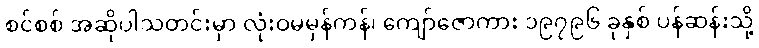
စင်စစ် အဆိုပါသတင်းမှာ လုံးဝမမှန်ကန်၊ ကျော်ဇောကား ၁၉၇၉၆ ခုနှစ် ပန်ဆန်းသို့